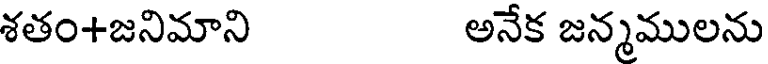
శతం+జనిమాని అనేక జన్మములను